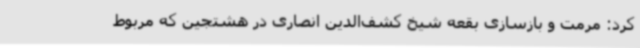
کرد:‌ مرمت و بازسازی بقعه شیخ کشف‌الدین انصاری در هشتجین که مربوط